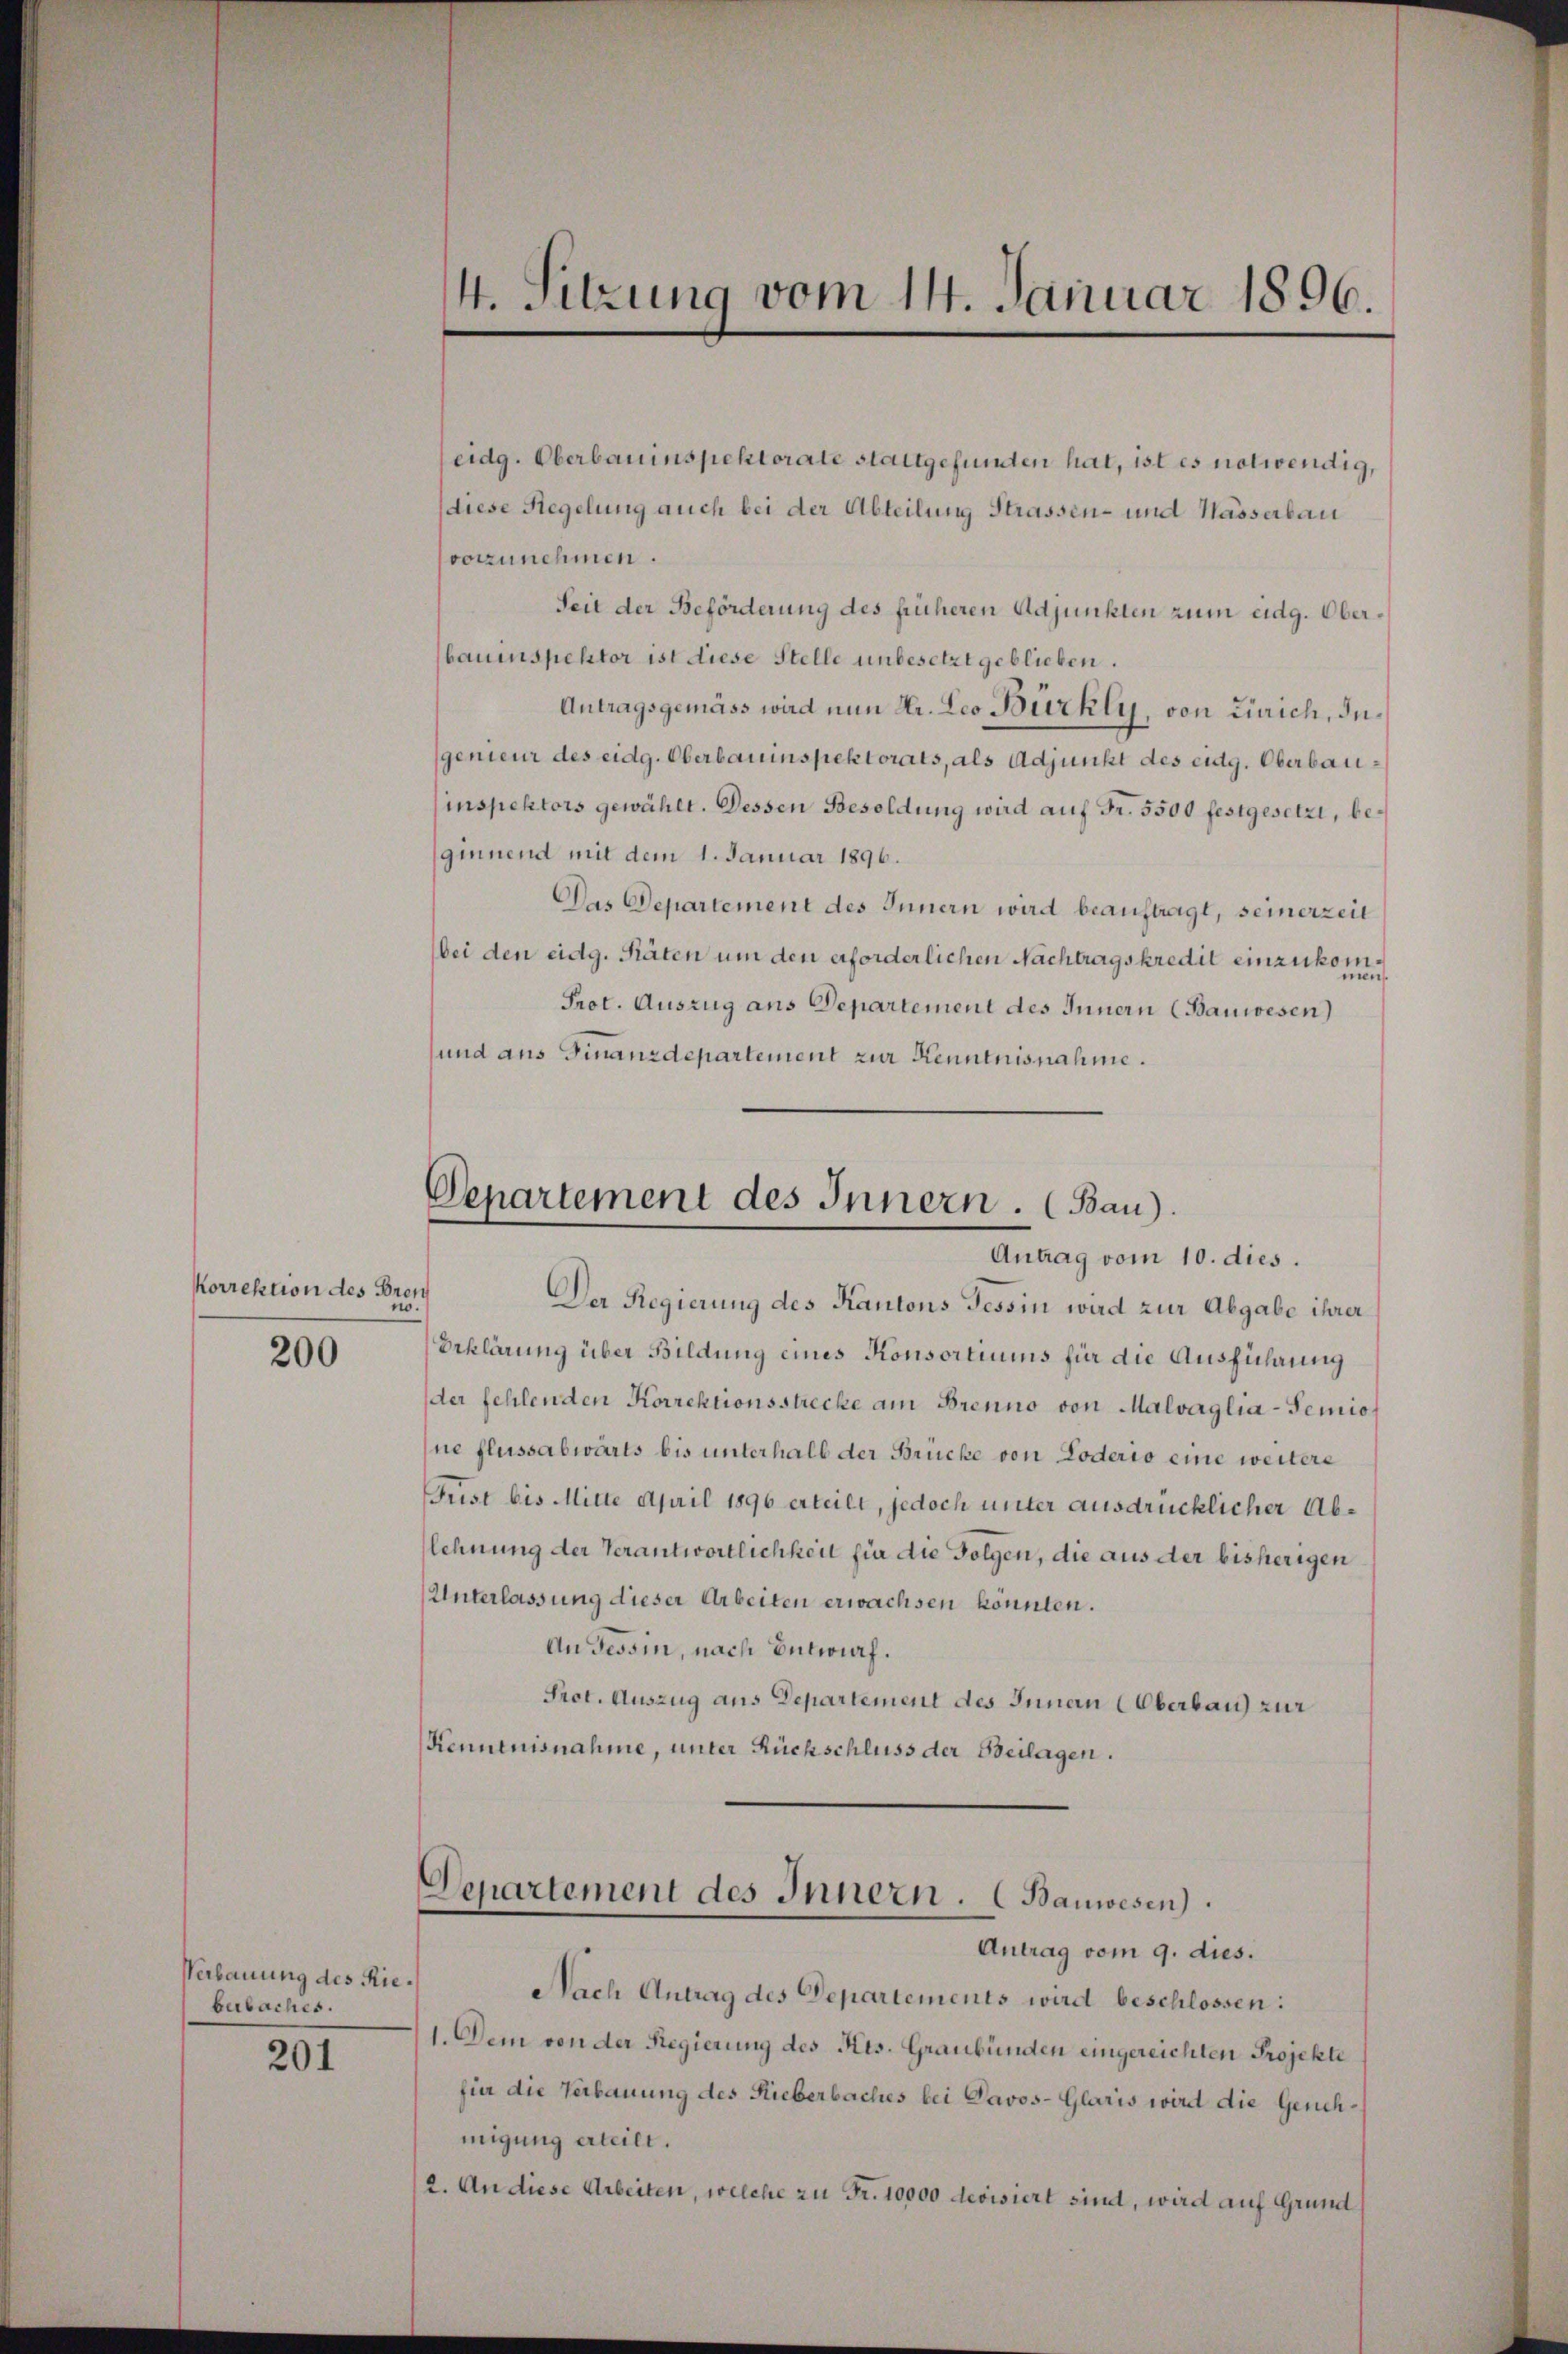
Korrektion des Bren

200

Verbauung des Riebubaches.

201

eidg. Oberbauinspektorate stattgefunden hat, ist es notwendig,
diese Regelung auch bei der Abteilung Strassen- und Kasserbau
vorzunehmen.
Seit der Beförderung des früheren Adjunkten zum eidg. Oberbauinspektor ist diese Stelle unbesetzt geblieben.
Antragsgemäss wird nun Hr. Leo Bürkli, von Zürich, degenieur des eidg. Oberbauinspektorats, als Adjunkt des eidg. Oberbauinspektors gewählt. Dessen Besoldung wird auf Fr. 5500 festgesetzt, beginnend mit dem 1. Januar 1896.
Das Departement des Innern wird beauftragt, seinerzeit
bei den eidg. Räten um den erforderlichen Nachtragskredit einzuko¬
1.
es
Prot. Auszug aus Departement des Innern (Bauwesen)
und aus Finanzdepartement zur Kenntnisnahme.

Der Regierung des Kantons Tessin wird zur Abgabe ihrer
Beklärung über Bildung eines Konsortiums für die Ausführung
der fehlenden Korrektionsstrecke am Brenno von Malvaglia-Temione flussabwärts bis unterhalb der Brücke von Poderio eine weitere
Frist bis Mitte April 1896 erteilt, jedoch unter ausdrücklicher Ablehnung der Verantwortlichheit für die Folgen, die aus der bisherigen
Unterlassung dieser Arbeiten erwachsen könnten.
An Tessin, nach Entwurf.
Prot. Auszug aus Departement des Innen (Oberbau zur
Kenntnisnahme, unter Rückschluss der Beilagen.

Nach Antrag des Departements wird beschlossen:
1. Dem von der Regierung des Kts. Graubünden eingereichten Projekte
für die Verbauung des Rieberbaches bei Davos- Glaris wird die Genehmigung erteilt.
2. An diese Arbeiten, welche zu Fr. 10000 devisiert sind, wird auf Grund

4. Sitzung vom 14. Januar 1896.

Departement des Innern. (Bau).
Antrag vom 10. dies.

Departement des Innern. (Bauwesen).
Antrag vom 9. dies.